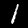
Digit: 1